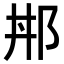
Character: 𨚢